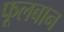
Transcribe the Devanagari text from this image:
फूलबान